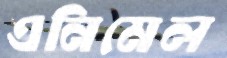
এনিমেল